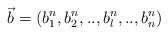
LaTeX: \begin{align*}\vec{b}=(b_{1}^{n},b_{2}^{n},..,b_{l}^{n},..,b_{n}^{n})\end{align*}